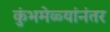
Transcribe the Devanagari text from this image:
कुंभमेळ्यांनंतर